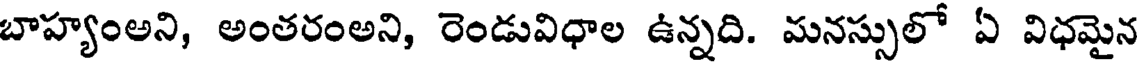
బాహ్యంఅని, అంతరంఅని, రెండువిధాల ఉన్నది. మనస్సులో ఏ విధమైన